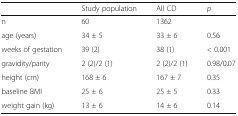
<table><thead><tr><td></td><td><b>Study population</b></td><td><b>All CD</b></td><td><b><i>p</i></b></td></tr></thead><tbody><tr><td>n</td><td>60</td><td>1362</td><td></td></tr><tr><td>age (years)</td><td>34 ± 5</td><td>33 ± 6</td><td>0.56</td></tr><tr><td>weeks of gestation</td><td>39 (2)</td><td>38 (1)</td><td>&lt; 0.001</td></tr><tr><td>gravidity/parity</td><td>2 (2)/2 (1)</td><td>2 (2)/2 (1)</td><td>0.98/0.07</td></tr><tr><td>height (cm)</td><td>168 ± 6</td><td>167 ± 7</td><td>0.35</td></tr><tr><td>baseline BMI</td><td>25 ± 6</td><td>25 ± 5</td><td>0.33</td></tr><tr><td>weight gain (kg)</td><td>13 ± 6</td><td>14 ± 6</td><td>0.14</td></tr></tbody></table>